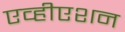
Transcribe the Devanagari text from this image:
एव्हीएशन